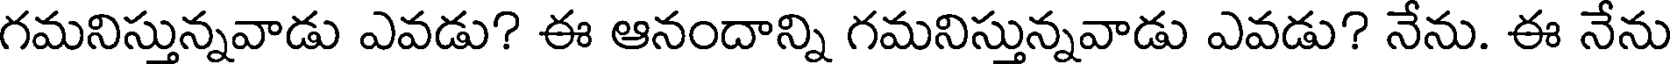
గమనిస్తున్నవాడు ఎవడు? ఈ ఆనందాన్ని గమనిస్తున్నవాడు ఎవడు? నేను. ఈ నేను